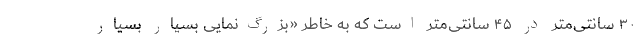
۳۰ سانتی‌متر در ۴۵ سانتی‌متر است که به خاطر «بزرگ‌نمایی بسیار بسیار